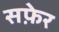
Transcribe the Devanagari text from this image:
सफ़ेर